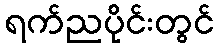
ရက်ညပိုင်းတွင်